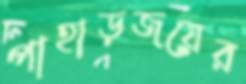
পাহাড়জয়ের